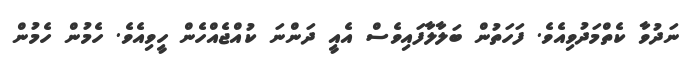
ނަދުވާ ކެތްމަދުވިއެވެ. ފަހަތުން ބަލާލާފައިވެސް އެއީ ދަންނަ ކުއްޖެއްހެން ހީވިއެވެ. ހެމުން ހެމުން